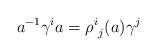
LaTeX: \begin{align*}a^{-1}\gamma^{i}a={\rho^{i}}_{j}(a)\gamma^{j}\end{align*}